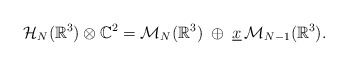
\begin{align*} \mathcal{H}_{N}(\mathbb{R}^3)\otimes \mathbb{C}^2=\mathcal{M}_{N}(\mathbb{R}^3)\;\oplus\;\underline{x}\,\mathcal{M}_{N-1}(\mathbb{R}^3).\end{align*}